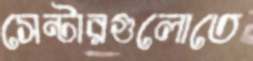
সেন্টারগুলোতে